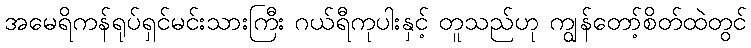
အမေရိကန်ရုပ်ရှင်မင်းသားကြီး ဂယ်ရီကုပါးနှင့် တူသည်ဟု ကျွန်တော့်စိတ်ထဲတွင်